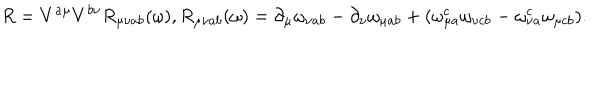
R = V ^ { a \mu } V ^ { b \nu } R _ { \mu \nu a b } ( \omega ) , R _ { \mu \nu a b } ( \omega ) = \partial _ { \mu } \omega _ { \nu a b } - \partial _ { \nu } \omega _ { \mu a b } + ( \omega _ { \mu a } ^ { c } \omega _ { \nu c b } - \omega _ { \nu a } ^ { c } \omega _ { \mu c b } ) .